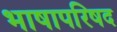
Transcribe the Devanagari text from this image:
भाषापरिषद